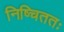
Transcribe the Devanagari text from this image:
निष्चिततः